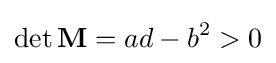
\det \mathbf {M} =ad-b^{2}>0